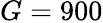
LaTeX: G=900